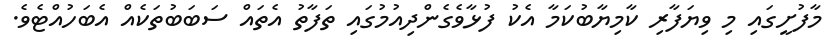
މާފުށީގައި މި ވިޔަފާރި ކާމިޔާބުކަމާ އެކު ފުޅާވެގެންދިއުމުގައި ތަފާތު އެތައް ސަބަބުތަކެއް އެބަހުއްޓެވެ.